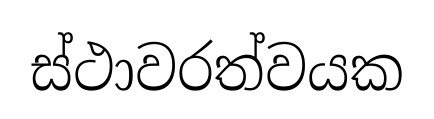
ස්ථාවරත්වයක